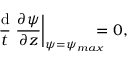
\frac { \mathrm { d } } { t } \left. \frac { \partial \psi } { \partial z } \right| _ { \psi = \psi _ { m a x } } \! \! \! \! \! = 0 ,